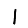
Digit: 1